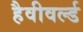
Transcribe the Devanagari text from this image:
हैवीवर्ल्ड